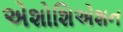
એશોશિએશન